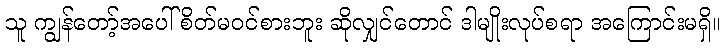
သူ ကျွန်တော့်အပေါ် စိတ်မဝင်စားဘူး ဆိုလျှင်တောင် ဒါမျိုးလုပ်စရာ အကြောင်းမရှိ။